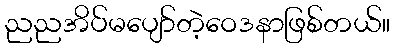
ညညအိပ်မပျော်တဲ့ဝေဒနာဖြစ်တယ်။